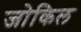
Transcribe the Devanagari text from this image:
जोकिल